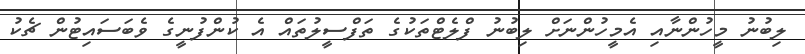
ލިބުނު މީހުންނާއި އެމީހުންނަށް ލިބުނު ފްލެޓްތަކުގެ ތަފްސީލުތައް އެ ކުންފުނީގެ ވެބަސައިޓުން ޗެކު